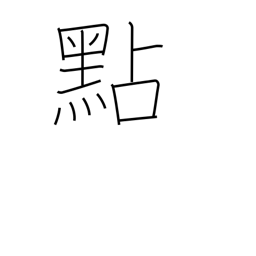
Meaning: decimal pt